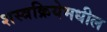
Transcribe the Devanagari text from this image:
शस्त्रक्रियेमधील